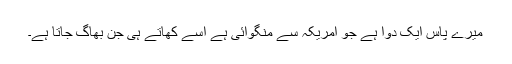
میرے پاس ایک دوا ہے جو امریکہ سے منگوائی ہے اسے کھاتے ہی جن بھاگ جاتا ہے۔